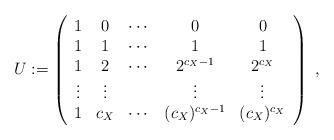
LaTeX: \begin{align*}U:=\left( \begin{array}{ c c c c c }1& 0 & \cdots & 0 & 0 \\1& 1 & \cdots & 1 & 1 \\1& 2 & \cdots & 2^{c_X-1} & 2^{c_X} \\\vdots&\vdots& &\vdots &\vdots \\1& c_X & \cdots & (c_X)^{c_X-1} & (c_X)^{c_X} \\\end{array}\right)\ ,\end{align*}